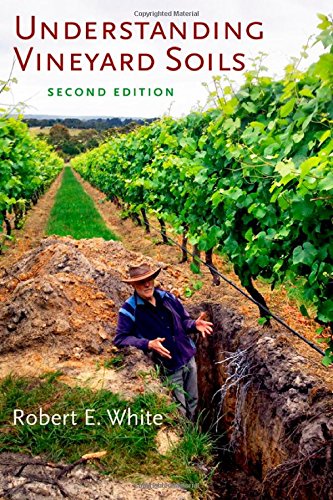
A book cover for Understanding Vineyard Soils; Robert E. White; Science & Math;